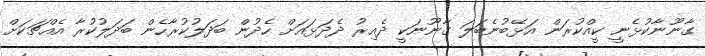
ގާނޫނާކުޅެނީ ކީއްކުރަން އަޅޭބުނެބަލަ ގާނޫނަކީ ދެއިރު ދެދަޅައަށް ހެދުން ބަދަލުކުރާހެން ބަދަލުކުރާ އެއްޗަކަށް